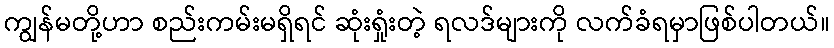
ကျွန်မတို့ဟာ စည်းကမ်းမရှိရင် ဆုံးရှုံးတဲ့ ရလဒ်များကို လက်ခံရမှာဖြစ်ပါတယ်။